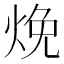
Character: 𬊕